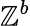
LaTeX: \mathbb{Z}^{b}